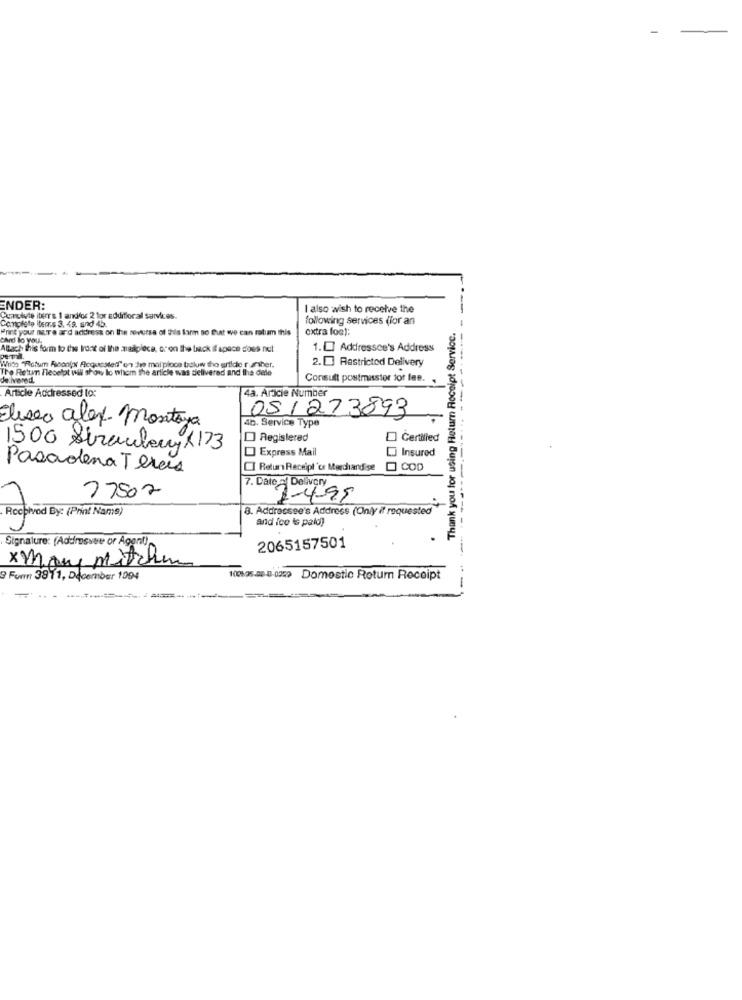
ENDER:
I also wish to receive the
Cumulute iterr's 1 andfor 2 for additional services.
Complete items 3, 49. and 45.
following services (for an
Print your naTe ar'd address on the seversa of the lann so that we can ratiam this
oxtra fos):
Thank you for using Return Receipt Service.
-
Card to YOU.
Atach this form to the front of the mailpleca, or on the back if space does not
1.L] Addressee's Address
With "Rotum Foonlot Acquested" on he mai pioce below the artide rumher.
2. Restricted Delivery
The Return Fleselpt will show lo whom the article was delivered and the dele
Consult postmasstor tor Ine.
Article Addressed to:
4a. Aricie Number
Eliseo alex- Montoya
051273893
46. Service Type
Registered
Certified
1500 Strawberry X173
Express Mail
Insured
Pasadena Teras
I Retur Receipt 'ce Merchandise COD
7. Date - Delivery
77502
2-4-95
Received By: (Print Nams)
8. Addrocsee's Address (Only it requested
and fco is paid)
Signalure: (Addressee or Agent)
2065157501
x Many Mitchem
9 Form 3911, December 1994
100105-08-0-0259 Domestic Return Receipt